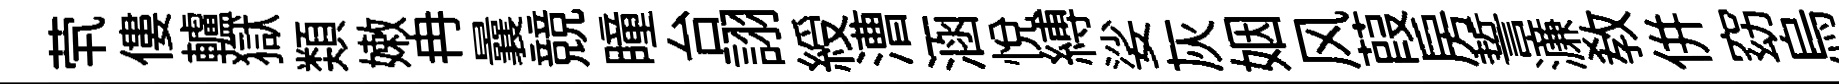
茕僂轤獄𩔖嫩冉曩競瞳台詡綬漕涵悅縛娑灰姻风葭房誓濓敎併窈烏